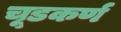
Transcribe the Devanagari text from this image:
चूडकर्ण